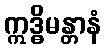
ဣဒ္ဓိမန္တာနံ